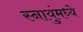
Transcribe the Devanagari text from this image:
स्नायुंमध्ये